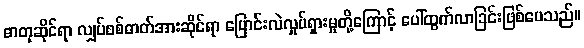
ဓာတုဆိုင်ရာ လျှပ်စစ်ဓာတ်အားဆိုင်ရာ ပြောင်းလဲလှုပ်ရှားမှုတို့ကြောင့် ပေါ်ထွက်လာခြင်းဖြစ်ပေသည်။